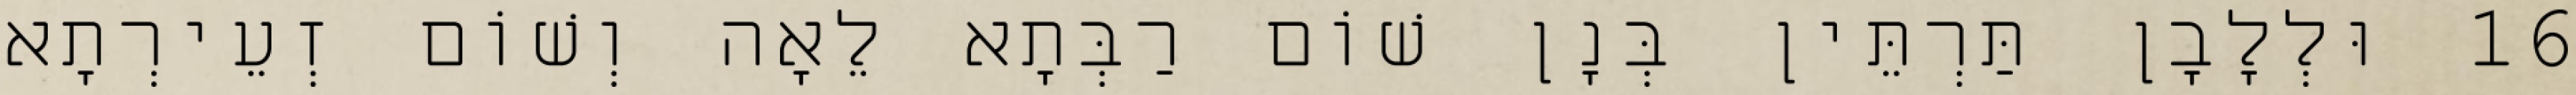
16 וּלְלָבָן תַּרְתֵּין בְּנָן שׁוֹם רַבְּתָא לֵאָה וְשׁוֹם זְעֵירְתָא